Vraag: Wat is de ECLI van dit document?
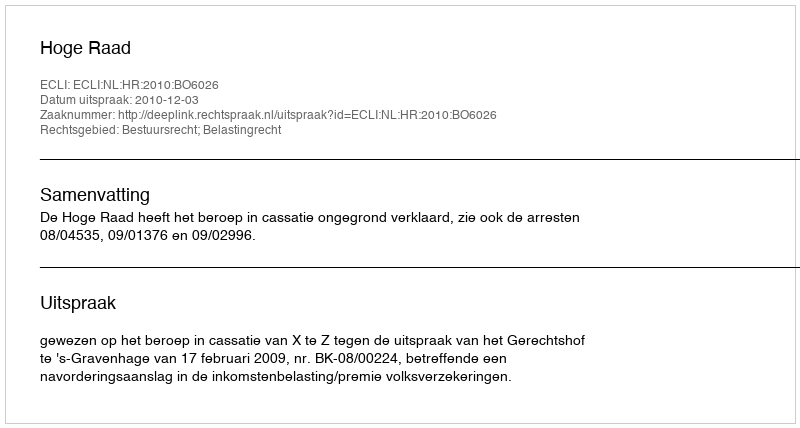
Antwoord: ECLI:NL:HR:2010:BO6026